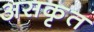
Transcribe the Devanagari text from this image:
असकृत